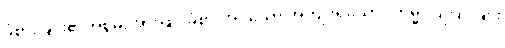
ခံစားခြင်း၏အစွမ်းအားဖြင့် ခံစားအပ်သော အကျိုးရှိသော။ ကမ္မံ၊ ပြုပြင်ခြင်း